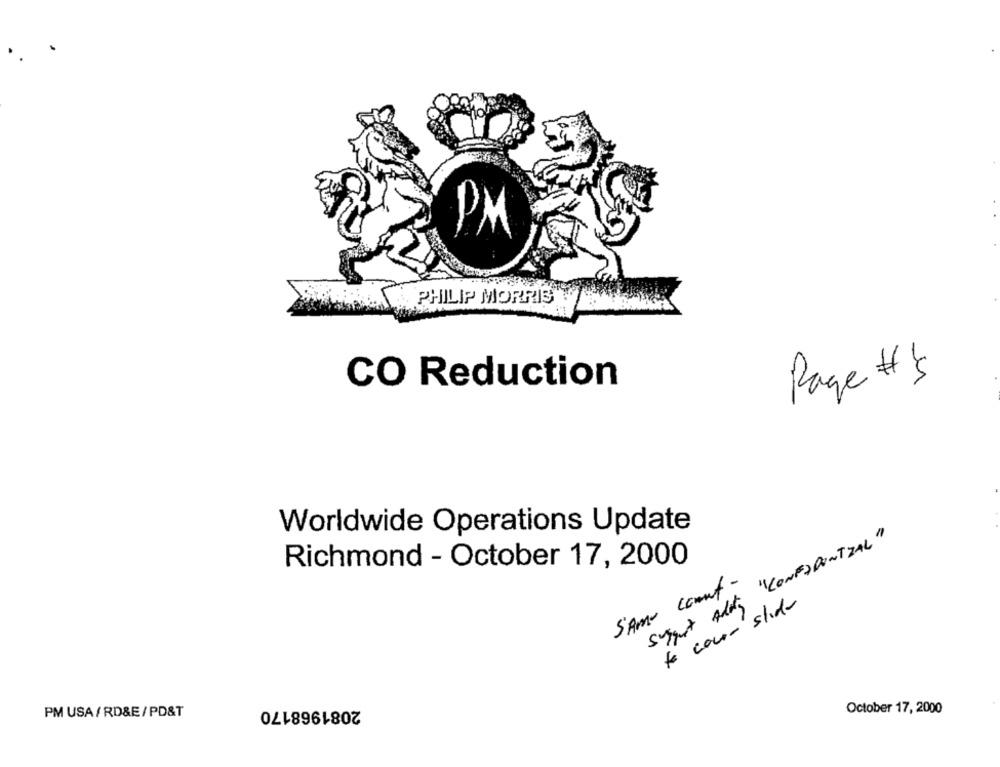
PM
PHILIP MORRIS
Page # 's
CO Reduction
Worldwide Operations Update
Sygt ALdy "CONFIDENTIAL"
Richmond - October 17, 2000
SAM- count -
te cour slide
2081968170
PM USA/ RD&E/PD&T
October 17, 2000